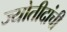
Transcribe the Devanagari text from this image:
ज्योतीदांची